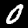
Label: 0